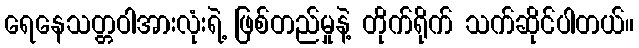
ရေနေသတ္တဝါအားလုံးရဲ့ ဖြစ်တည်မှုနဲ့ တိုက်ရိုက် သက်ဆိုင်ပါတယ်။